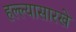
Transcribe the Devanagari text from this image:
हल्ल्यासारखे